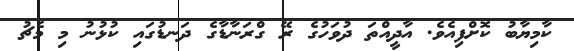
ކާމިޔާބު ކޮށްފިއެވެ. އާދީއްތަ ދުވަހުގެ ރޭ ގްރަނާޑާގެ ދަނޑުގައި ކުޅުނު މި މެޗު